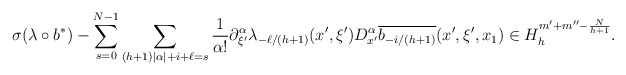
\begin{align*} \sigma(\lambda \circ b^{*}) - \sum_{s=0}^{N-1}\sum_{(h+1)|\alpha| + i + \ell = s}\frac{1}{\alpha!} \partial_{\xi'}^{\alpha}\lambda_{-\ell/(h+1)}(x', \xi') D_{x'}^{\alpha} \overline{b_{-i/(h+1)}}(x',\xi', x_1) \in H_{h}^{m' + m'' -\frac{N}{h+1}}.\end{align*}